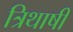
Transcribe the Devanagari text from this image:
त्रिथाषी